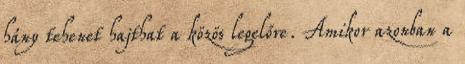
hány tehenet hajthat a közös legelőre. Amikor azonban a